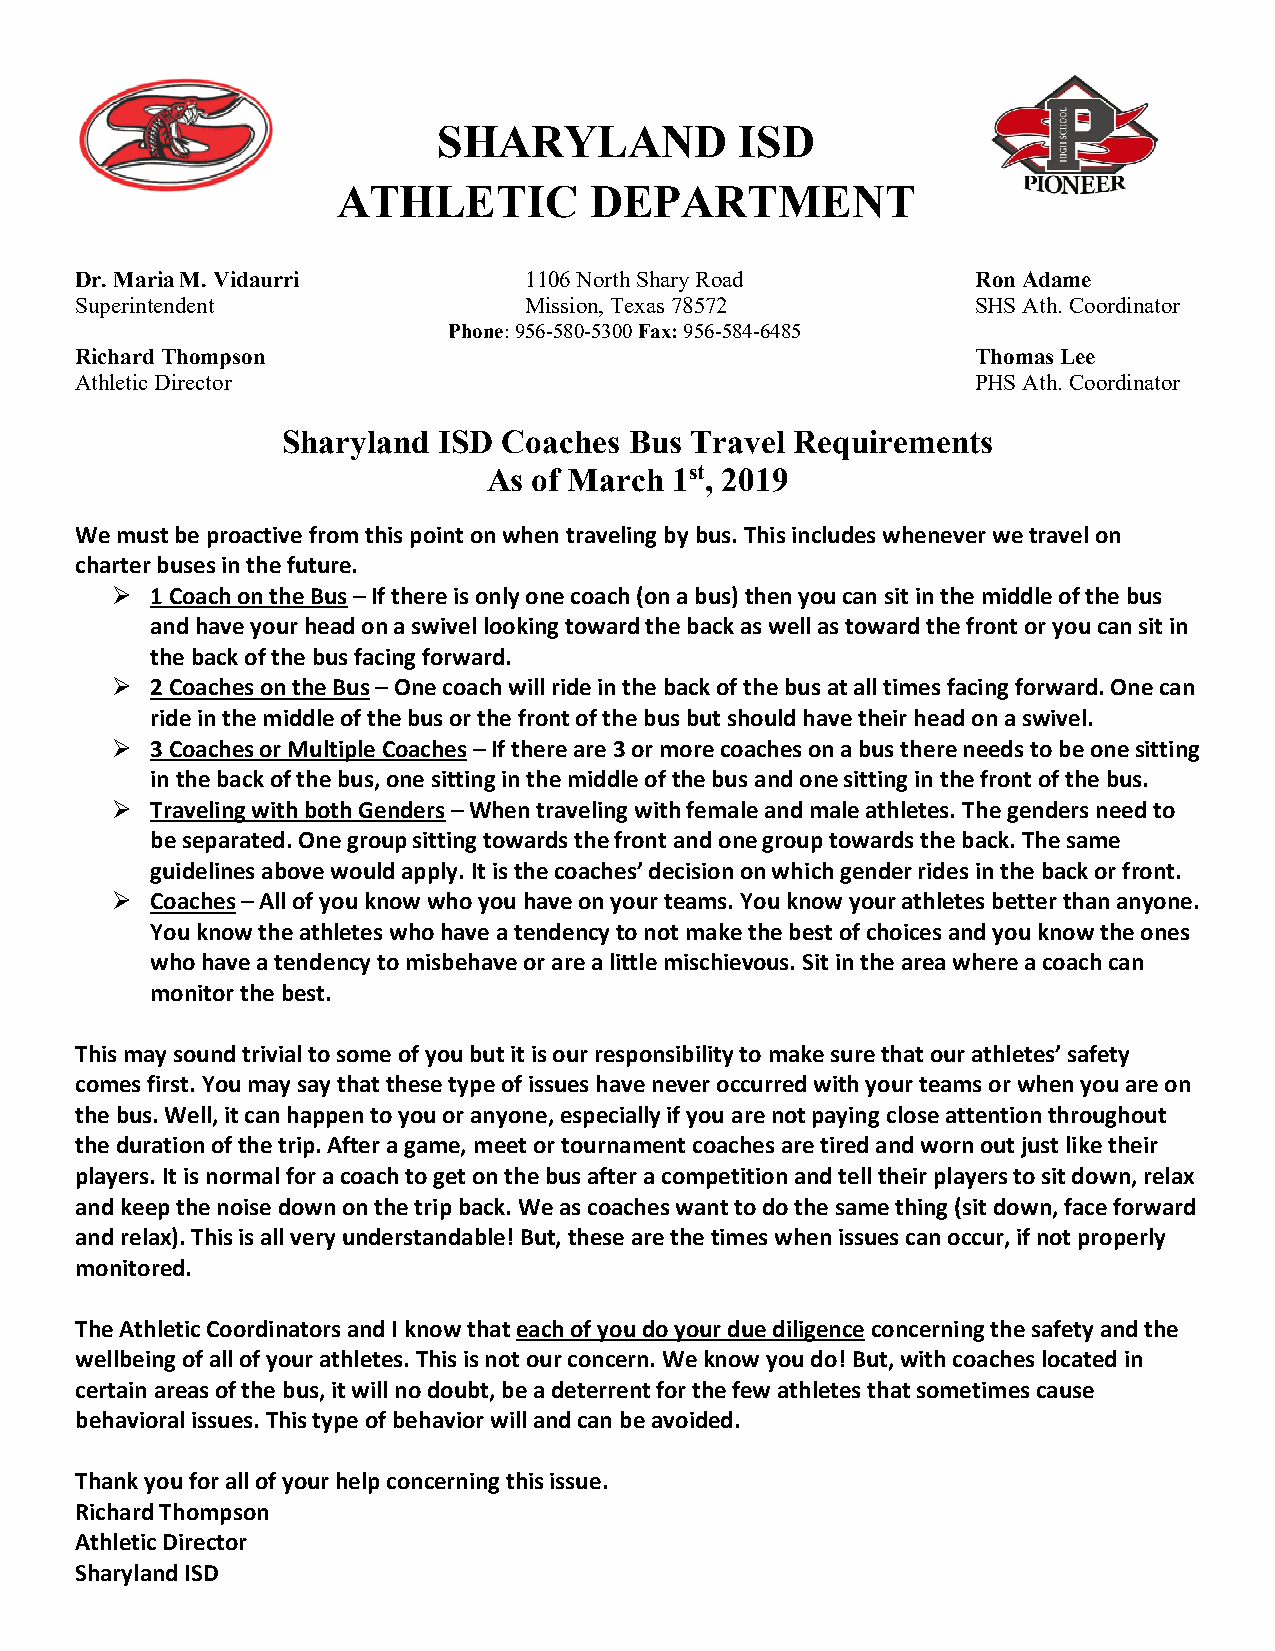
SHARYLAND           ISD
 ATHLETIC         DEPARTMENT
 Dr. Maria M. Vidaurri         1106 North Shary Road         Ron Adame
 Superintendent                Mission, Texas 78572          SHS Ath. Coordinator
 Phone: 956-580-5300 Fax: 956-584-6485
 Richard Thompson                                            Thomas Lee
 Athletic Director                                           PHS Ath. Coordinator
 Sharyland ISD Coaches  Bus Travel Requirements
 As of March  1st, 2019
 We must be proactive from this point on when traveling by bus. This includes whenever we travel on
 charter buses in the future.
   1 Coach on the Bus – If there is only one coach (on a bus) then you can sit in the middle of the bus
 and have your head on a swivel looking toward the back as well as toward the front or you can sit in
 the back of the bus facing forward.
   2 Coaches on the Bus – One coach will ride in the back of the bus at all times facing forward. One can
 ride in the middle of the bus or the front of the bus but should have their head on a swivel.
   3 Coaches or Multiple Coaches – If there are 3 or more coaches on a bus there needs to be one sitting
 in the back of the bus, one sitting in the middle of the bus and one sitting in the front of the bus.
   Traveling with both Genders – When traveling with female and male athletes. The genders need to
 be separated. One group sitting towards the front and one group towards the back. The same
 guidelines above would apply. It is the coaches’ decision on which gender rides in the back or front.
   Coaches – All of you know who you have on your teams. You know your athletes better than anyone.
 You know the athletes who have a tendency to not make the best of choices and you know the ones
 who have a tendency to misbehave or are a little mischievous. Sit in the area where a coach can
 monitor the best.
 This may sound trivial to some of you but it is our responsibility to make sure that our athletes’ safety
 comes first. You may say that these type of issues have never occurred with your teams or when you are on
 the bus. Well, it can happen to you or anyone, especially if you are not paying close attention throughout
 the duration of the trip. After a game, meet or tournament coaches are tired and worn out just like their
 players. It is normal for a coach to get on the bus after a competition and tell their players to sit down, relax
 and keep the noise down on the trip back. We as coaches want to do the same thing (sit down, face forward
 and relax). This is all very understandable! But, these are the times when issues can occur, if not properly
 monitored.
 The Athletic Coordinators and I know that each of you do your due diligence concerning the safety and the
 wellbeing of all of your athletes. This is not our concern. We know you do! But, with coaches located in
 certain areas of the bus, it will no doubt, be a deterrent for the few athletes that sometimes cause
 behavioral issues. This type of behavior will and can be avoided.
 Thank you for all of your help concerning this issue.
 Richard Thompson
 Athletic Director
 Sharyland ISD